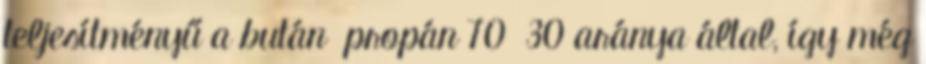
teljesítményű a bután propán 70 30 aránya által, így még